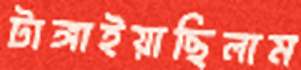
টাঙ্গাইয়াছিলাম